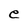
Character: e